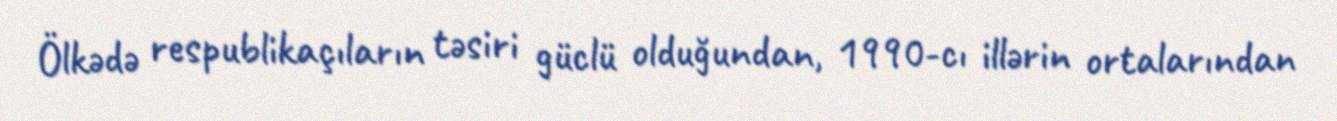
Ölkədə respublikaçıların təsiri güclü olduğundan, 1990-cı illərin ortalarından